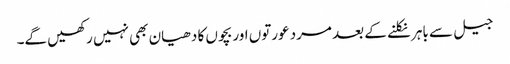
جیل سے باہر نکلنے کے بعد مرد عورتوں اور بچوں کا دھیان بھی نہیں رکھیں گے۔